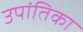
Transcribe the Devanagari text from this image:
उपांतिका